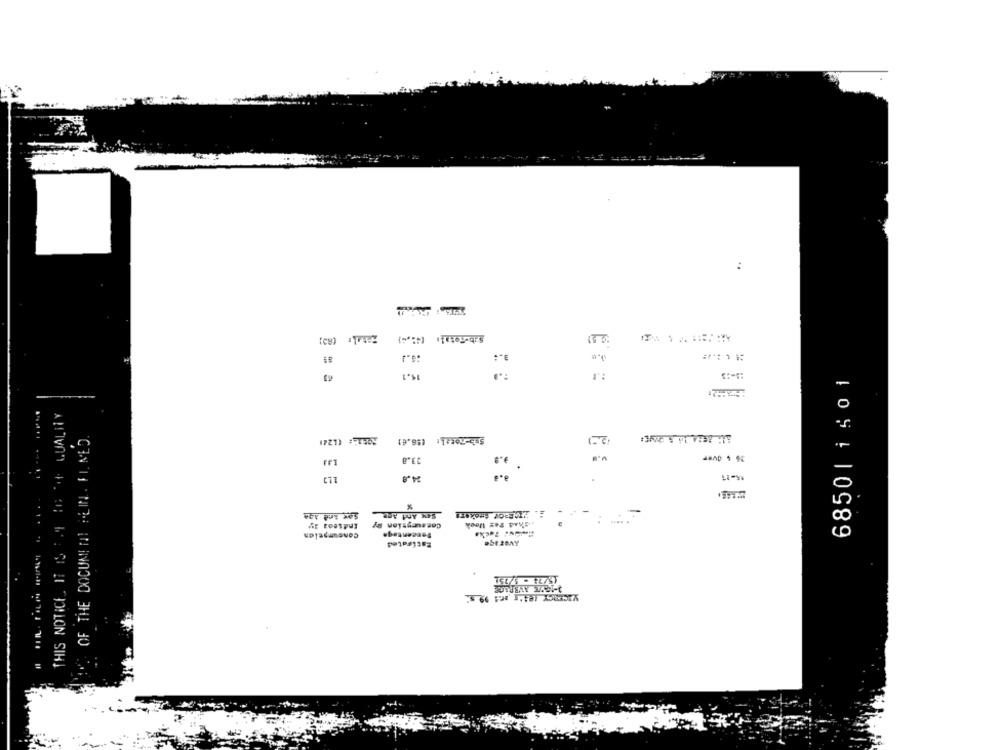
:
:6.1
15.1
6850| 1501
THIS NOTICE. IT IS FOR EG OF QUALITY
OF THE DOCUMENT HEIN . FI. MED.
Sub-Moral: (58.6)
73.8
25 % Over
24,8
15-11
Soe Und Age
SAM And Age
Indieos ly
Consurgsion By
.chad Pas leek
Consumpelen
Percentage
Estimated
15/75 - 5/751